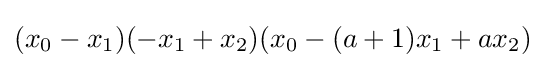
(x_{0}-x_{1})(-x_{1}+x_{2})(x_{0}-(a+1)x_{1}+ax_{2})